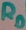
Text: RD